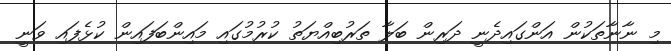
މި ނާނާތަކުން އަންގައިދެނީ ދަރިން ބަލާ ތަރުބިއްޔަތު ކުރުމުގައި މައިންބަފައިން ކުޅެފައި ވަނީ